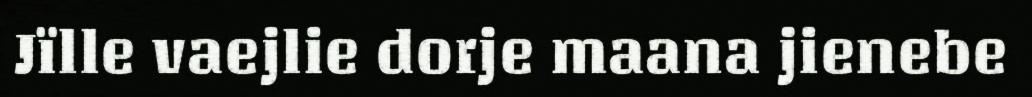
Jïlle vaejlie dorje maana jienebe